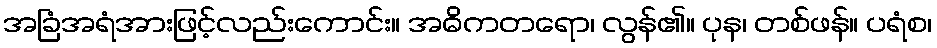
အခြံအရံအားဖြင့်လည်းကောင်း။ အဓိကတရော၊ လွန်၏။ ပုန၊ တစ်ဖန်။ ပရံစ၊